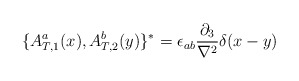
\begin{align*}\{{ A^{a}_{T,1}}(x) ,{ A^{b}_{T,2}}(y)\}^*= \epsilon_{ab} \frac{\partial_3}{\nabla^2} \delta(x-y)\end{align*}